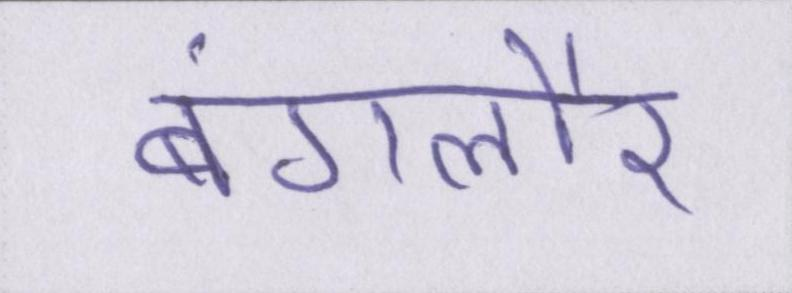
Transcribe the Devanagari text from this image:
बंगलौर